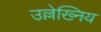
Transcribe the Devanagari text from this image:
उल्लेख्निय